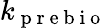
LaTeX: k_{\mathrm{~p~r~e~b~i~o~}}